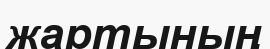
жартының